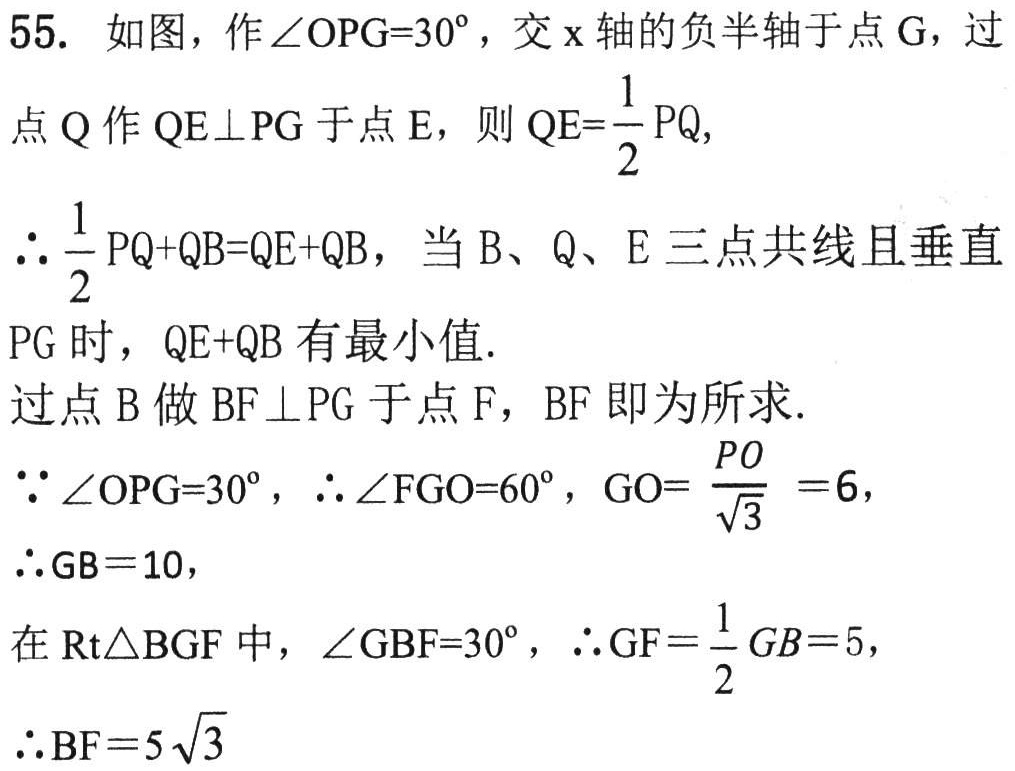
55. 如图，作\(\angle OPG = 30^{\circ}\)，交\(x\)轴的负半轴于点\(G\)，过点\(Q\)作\(QE\perp PG\)于点\(E\)，则\(QE = \frac{1}{2}PQ\)，
\(\therefore \frac{1}{2}PQ + QB=QE + QB\)，当\(B\)、\(Q\)、\(E\)三点共线且垂直\(PG\)时，\(QE + QB\)有最小值.
过点\(B\)做\(BF\perp PG\)于点\(F\)，\(BF\)即为所求.
\(\because \angle OPG = 30^{\circ}\)，\(\therefore \angle FGO = 60^{\circ}\)，\(GO=\frac{PO}{\sqrt{3}} = 6\)，
\(\therefore GB = 10\)，
在\(Rt\triangle BGF\)中，\(\angle GBF = 30^{\circ}\)，\(\therefore GF=\frac{1}{2}GB = 5\)，
\(\therefore BF = 5\sqrt{3}\)